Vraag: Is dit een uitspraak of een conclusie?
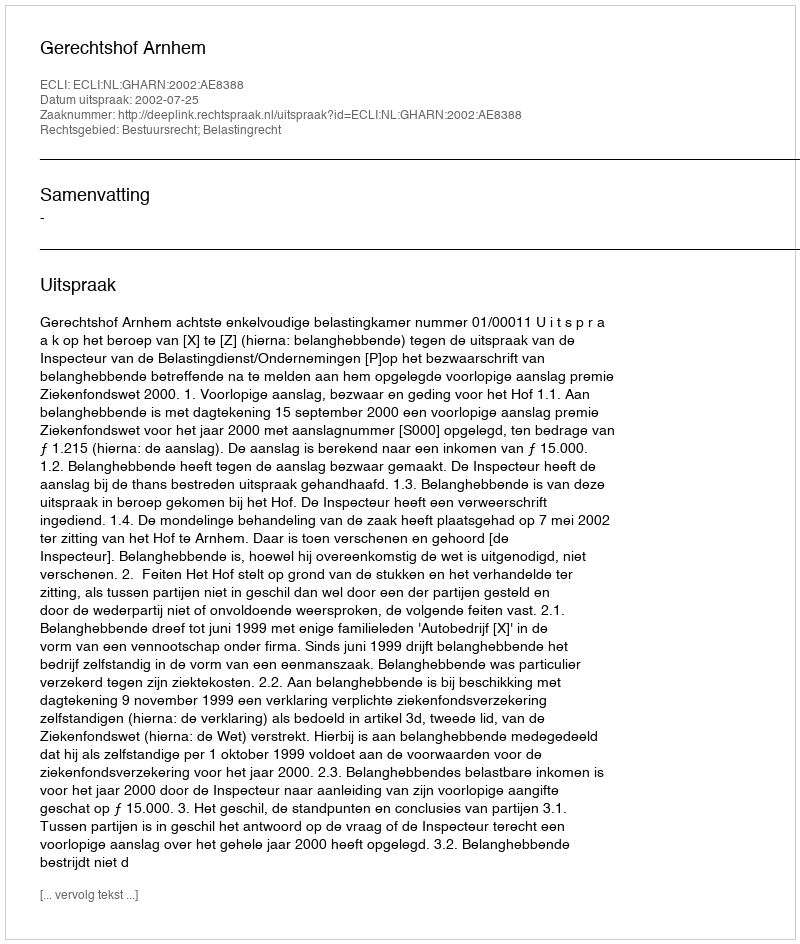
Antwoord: Uitspraak